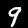
Label: 9